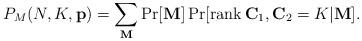
LaTeX: \begin{align*}P_{M}(N,K,\mathbf{p})=\sum_{\mathbf{M}}\Pr[\mathbf{M}]\Pr[\mathrm{rank}\,\mathbf{C}_{1},\mathbf{C}_{2}=K|\mathbf{M}].\end{align*}